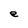
Character: e